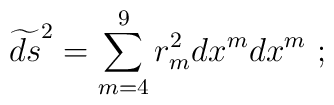
\widetilde{ds}^2 = \sum_{m=4}^9 r_m^2 dx^m dx^m\ ;